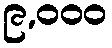
၉,၀၀၀